Scientific memoirs by medical officers of the Army of India - Part VI,
Year: 1891
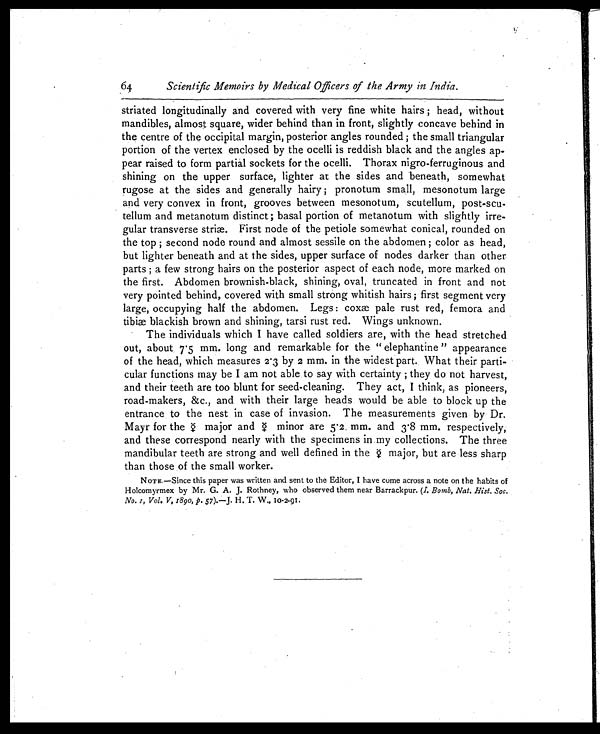
64 Scientific Memoirs by Medical Officers of the Army in India.
striated longitudinally and covered with very fine white hairs; head, without
mandibles, almost square, wider behind than in front, slightly concave behind in
the centre of the occipital margin, posterior angles rounded; the small triangular
portion of the vertex enclosed by the ocelli is reddish black and the angles ap-
pear raised to form partial sockets for the ocelli. Thorax nigro-ferruginous and
shining on the upper surface, lighter at the sides and beneath, somewhat
rugose at the sides and generally hairy; pronotum small, mesonotum large
and very convex in front, grooves between mesonotum, scutellum, post-scu-
tellum and metanotum distinct; basal portion of metanotum with slightly irre-
gular transverse striæ. First node of the petiole somewhat conical, rounded on
the top; second node round and almost sessile on the abdomen; color as head,
but lighter beneath and at the sides, upper surface of nodes darker than other
parts; a few strong hairs on the posterior aspect of each node, more marked on
the first. Abdomen brownish-black, shining, oval, truncated in front and not
very pointed behind, covered with small strong whitish hairs; first segment very
large, occupying half the abdomen. Legs: coxæ pale rust red, femora and
tibiae blackish brown and shining, tarsi rust red. Wings unknown.
The individuals which I have called soldiers are, with the head stretched
out, about. 75 mm. long and remarkable for the "elephantine" appearance
of the head, which measures 2.3 by 2 mm. in the widest part. What their parti-
cular functions may be I am not able to say with certainty; they do not harvest,
and their teeth are too blunt for seed-cleaning. They act, I think, as pioneers,
road-makers, &c., and with their large heads would be able to block up the
entrance to the nest in case of invasion. The measurements given by Dr.
Mayr for the major and ♀ m i n o r a r e 5 . 2 m m . a n d 3 . 8 m m . r e s p e c t i v e l y ,
and these correspond nearly with the specimens in my collections. The three
mandibular teeth are strong and well defined in the ♀ major, but are less sharp
than those of the small worker.
NOTE.—Since this paper was written and sent to the Editor, I have come across a note on the habits of
Holcomyrmex by Mr. G. A. J. Rothney, who observed them near Barrackpur. (I. Bomb, Nat. Hist. Soc.
No. 1, Vol. V, 1890, p. 57).—J. H. T. W., 10.2.91.